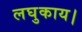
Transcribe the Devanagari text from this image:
लघुकाय।